Annual report of the Punjab Veterinary College and of the Civil Veterinary Department, Punjab - 1920-1925
Year: 1920
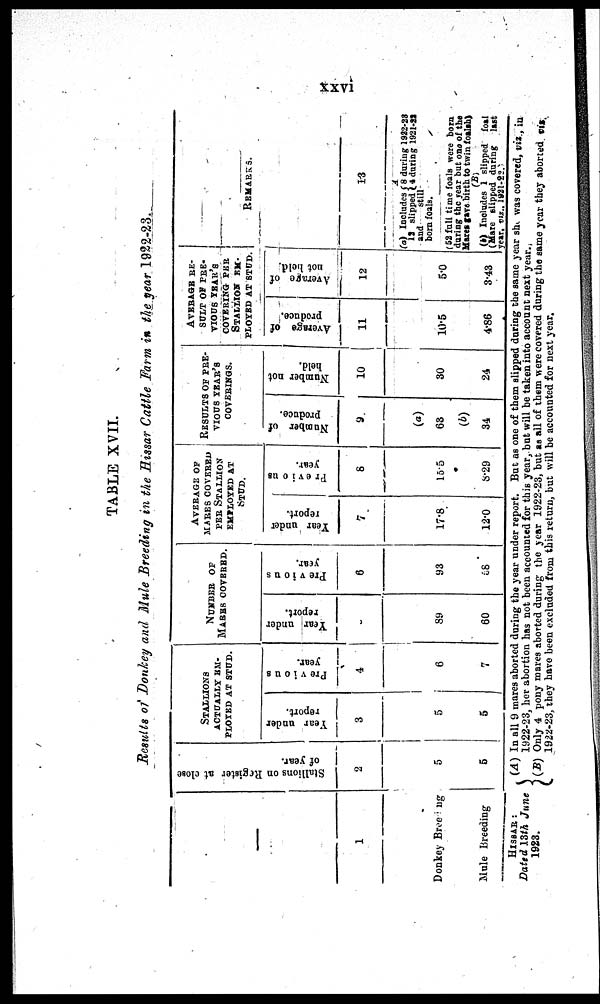
xxvi
TABLE XVII.
Results of Donkey and Mule Breeding in the Hissar Cattle Farm in the year 1922-23.
—
1
Donkey Breeding
Mule Breeding
Stallions on Register at close
of year.
2
5
5
STALLIONS
ACTULLY EM-
PLOYED AT STUD.
Year under
report.
3
5
5
Previous
year.
4
6
7
NUMBER OF
MARES COVERED.
Year under
report.
5
89
60
Previous
year.
6
93
68
AVERAGE OF
MARES COVERED
PER STALLION
EMPLOYED AT
STUD.
Year under
report.
7
17.8
12.0
Previous
year.
8
15.5
8.29
RESULTS OF PRE-
VIOUS YEAR'S
COVERINGS.
Number of
produce.
9
(a)
63
(b)
34
Number not
held.
10
30
24
AVERAGE RE-
SULT OF PRE-
VIOUS YEAR'S
COVERING PER
STALLION EM-
PLOYED AT STUD.
Average of
produce.
11
10.5
4.86
Average of
not hold.
12
5.0
3.43
REMARKS.
13
A
(a) Includes {8 during 1912-28
II slipped 4 daring 1921-23
and
still
born foals.
52 fall time foals were bora
during the year but one of the
Mares gave birth to twin foalsh)
(B)
(b) Includes 1 slipped foal
(Mare slipped daring
last
year. viz., 1921-22.
HISSAR:
Dated 13th June
1923.
(A) In all 9 mares aborted during the year under report. But as one of them slipped during the same year she was covered, viz , in
1922-23, her abortion has not been accounted for this year, but will be taken into account next year.
(B) Only 4 pony mares aborted during the year 1922-23, but as all of them were covered during the same year they aborted viz
1922-23, they have been excluded from this return, but will be accounted for next year.